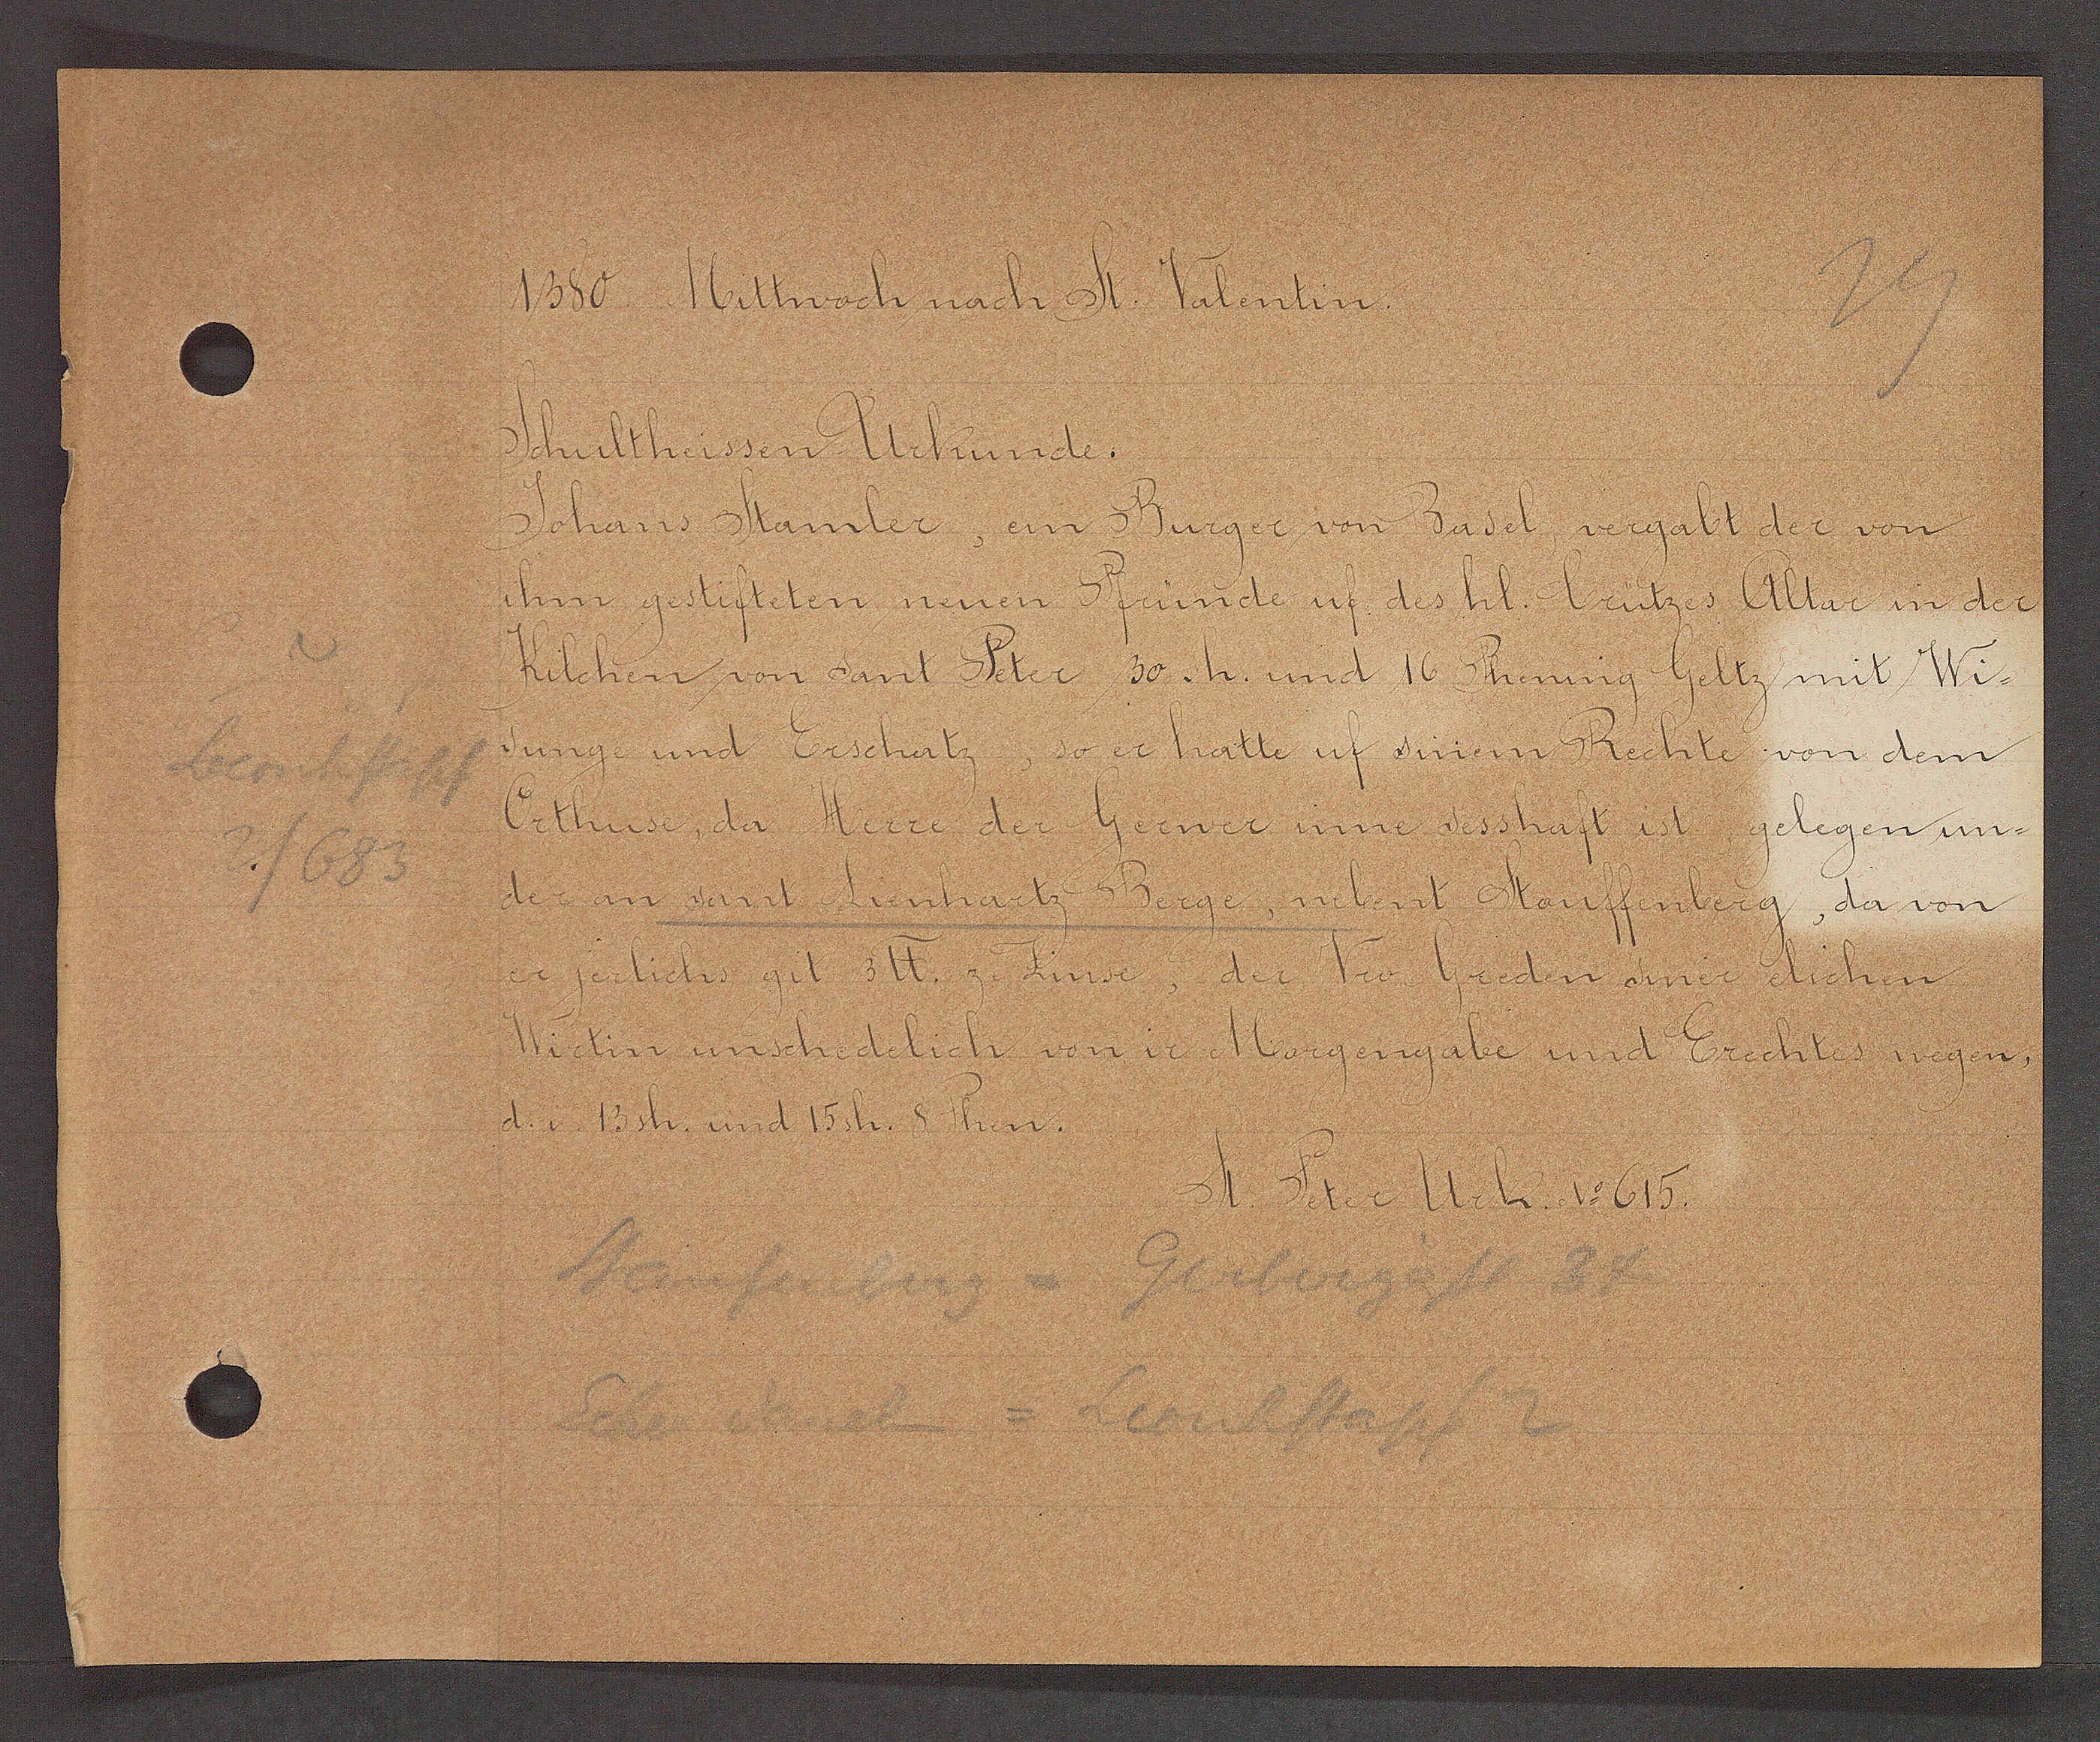
Transcript:
Leonhartsskm
2/683

1380. Mittwoch nach St. Valentin.

Shultheissen Urkunde.
Johans Stamler, ein Burger von Basel, vergabt der von
ihm gestifeten neuen Pfünde uf des hl. brützes Altar in der
Kilchen von sant Peter 30 sh. und 16 Phening Geltz mit Wi¬
sunge und Erschatz, so er hatte ut sinem Rechte von dem
Orthuse, da Herre der Gerner inne sesshaft ist gelegen un¬
der an sant Lienhartz Berge, nebent Stauffenberg, da von
er jerlichs git 3℔. z. Zinse, der Vro Greden siner elichen
Wirtin unschedelich von ir Margengabe und Erechtes wegen,
d. i. 13 sh. und 15 sh. 8 Phen.

St. Peter Urk. No 615.

Staufenberg = Gerbergässl 34
sehe vkckc = Leonhstapf 2